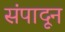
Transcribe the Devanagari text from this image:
संपादून